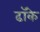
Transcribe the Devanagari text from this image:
ढॉके